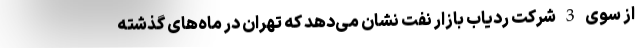
از سوی 3 شرکت ردیاب بازار نفت نشان می‌دهد که تهران در ماه‌های گذشته